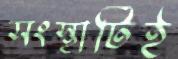
সংস্থাটিই